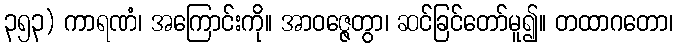
၃၅၃) ကာရဏံ၊ အကြောင်းကို။ အာဝဇ္ဇေတွာ၊ ဆင်ခြင်တော်မူ၍။ တထာဂတော၊